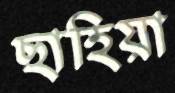
ছাহিয়া